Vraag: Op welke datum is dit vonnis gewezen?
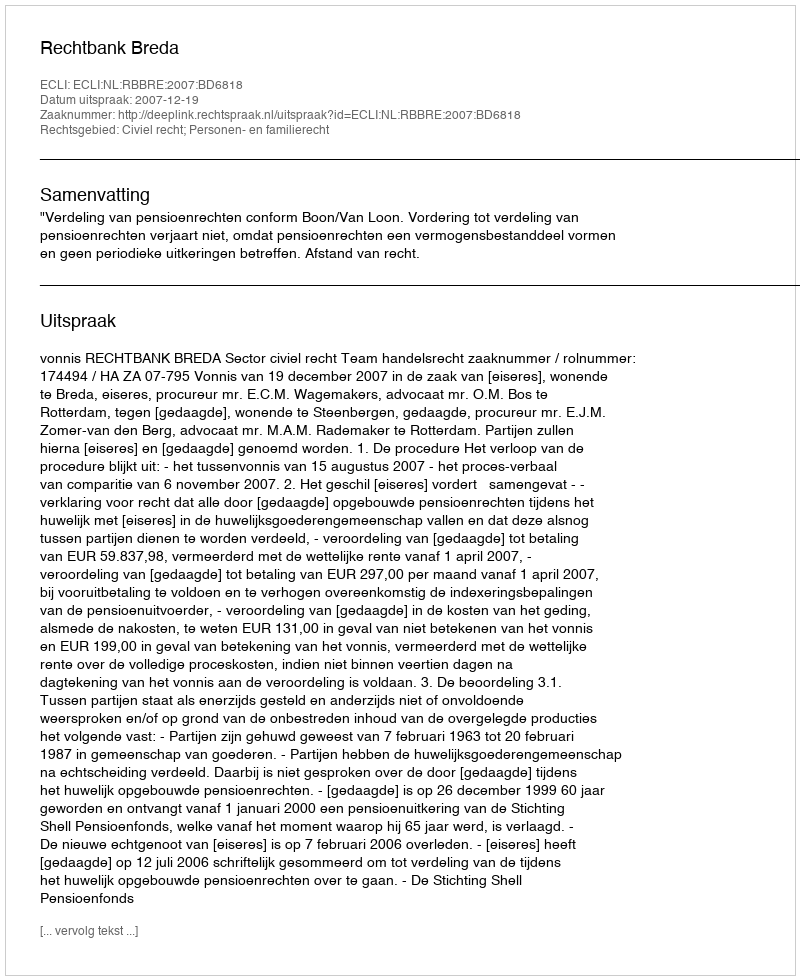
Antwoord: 2007-12-19